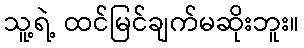
သူ့ရဲ့ ထင်မြင်ချက်မဆိုးဘူး။